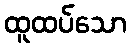
ထူထပ်သော